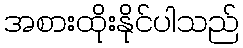
အစားထိုးနိုင်ပါသည်